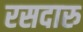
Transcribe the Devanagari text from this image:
रसदारु